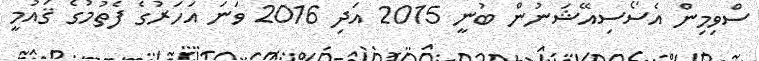
ސްވިމިން އެސޯސިއޭޝަނުން ބުނީ 2015 އަދި 2016 ވަނަ އަހަރުގެ ފެތުމުގެ ޤައުމީ